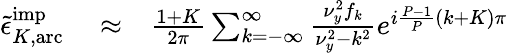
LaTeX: \begin{array}{rlr}{\tilde{\epsilon}_{K,\mathrm{arc}}^{\mathrm{imp}}}&{{}\approx}&{\frac{1+K}{2\pi}\sum_{k=-\infty}^{\infty}\frac{\nu_{y}^{2}f_{k}}{\nu_{y}^{2}-k^{2}}e^{i\frac{P-1}{P}(k+K)\pi}}\end{array}